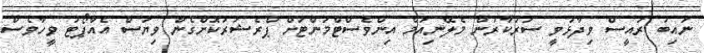
ނައިބު ރައީސް ވިދާޅުވީ ސަރުކާރުން މެލޭނިއަމް އިންވެސްޓްމަންޓަށް ޕްރެޝަރުކޮށްގެން ވިޔަސް އެއާޕޯޓު ވީހާވެސް